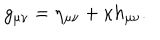
g _ { \mu \nu } = \eta _ { \mu \nu } + \kappa h _ { \mu \nu } .